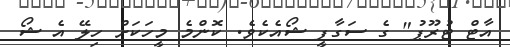
އާޓް ޓުރޫޕު" ގެ ސަގާފީ ޝޯއެކެވެ. ކޮންމެ މީހަކަށް ހިލޭ އެ ޝޯ